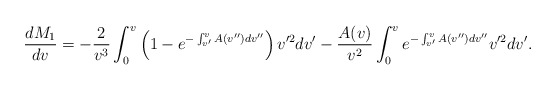
\begin{align*} \frac{dM_1}{dv}=-\frac{2}{v^3}\int_0^v\left(1-e^{-\int_{v'}^vA(v'')dv''}\right)v'^2dv'-\frac{A(v)}{v^2}\int_0^ve^{-\int_{v'}^vA(v'')dv''}v'^2dv'.\end{align*}